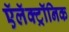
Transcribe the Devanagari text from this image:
ऍलॅक्ट्रॉनिक